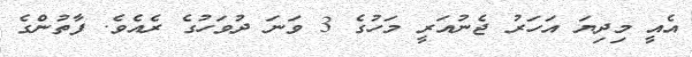
އެއީ މިދިޔަ އަހަރު ޖެނުއަރީ މަހުގެ 3 ވަނަ ދުވަހުގެ ރެއެވެ. ފާތުންގެ